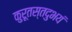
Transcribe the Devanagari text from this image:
कुरूतस्तदुभयं